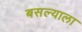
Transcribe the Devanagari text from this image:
बसल्याला